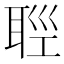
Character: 𦕭